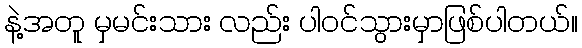
နဲ့အတူ မှမင်းသား လည်း ပါ၀င်သွားမှာဖြစ်ပါတယ်။